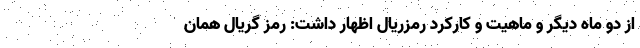
از دو ماه دیگر و ماهیت و کارکرد رمزریال اظهار داشت: رمز گریال همان